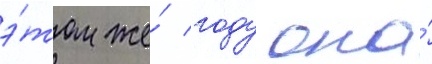
э́том же́ году она́